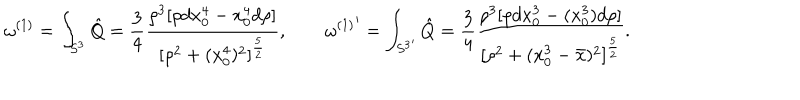
LaTeX: \omega ^ { ( 1 ) } = \int _ { S ^ { 3 } } \hat { Q } = { \frac { 3 } { 4 } } { \frac { \rho ^ { 3 } [ \rho d x _ { 0 } ^ { 4 } - x _ { 0 } ^ { 4 } d \rho ] } { [ \rho ^ { 2 } + ( x _ { 0 } ^ { 4 } ) ^ { 2 } ] ^ { \frac { 5 } { 2 } } } } , \quad \quad { \omega ^ { ( 1 ) } } ^ { \prime } = \int _ { { S ^ { 3 } } ^ { \prime } } \hat { Q } = { \frac { 3 } { 4 } } { \frac { \rho ^ { 3 } [ \rho d x _ { 0 } ^ { 3 } - ( x _ { 0 } ^ { 3 } ) d \rho ] } { [ \rho ^ { 2 } + ( x _ { 0 } ^ { 3 } - \bar { x } ) ^ { 2 } ] ^ { \frac { 5 } { 2 } } } } .